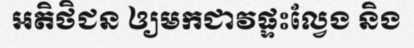
អតិថិជន ឲ្យមកជាវផ្ទះល្វែង និង